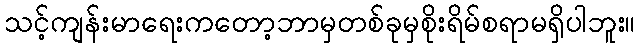
သင့်ကျန်းမာရေးကတော့ဘာမှတစ်ခုမှစိုးရိမ်စရာမရှိပါဘူး။